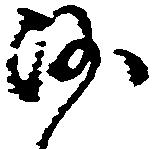
沙